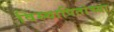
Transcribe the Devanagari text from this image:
विस्थापितांच्या